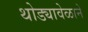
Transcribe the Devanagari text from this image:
थोड्यावेळाने